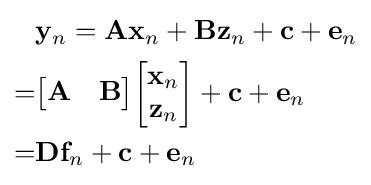
{\begin{aligned}&\mathbf {y} _{n}=\mathbf {A} \mathbf {x} _{n}+\mathbf {B} \mathbf {z} _{n}+\mathbf {c} +\mathbf {e} _{n}\\=&{\begin{bmatrix}\mathbf {A} &\mathbf {B} \end{bmatrix}}{\begin{bmatrix}\mathbf {x} _{n}\\\mathbf {z} _{n}\end{bmatrix}}+\mathbf {c} +\mathbf {e} _{n}\\=&\mathbf {D} \mathbf {f} _{n}+\mathbf {c} +\mathbf {e} _{n}\end{aligned}}